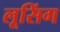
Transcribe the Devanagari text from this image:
लूसिंग